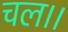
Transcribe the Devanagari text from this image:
चल।।